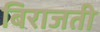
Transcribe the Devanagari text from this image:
बिराजती